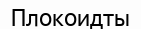
Плокоидты